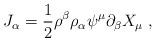
LaTeX: \begin{align*}J_{\alpha}=\frac{1}{2}\rho^{\beta}\rho_{\alpha}\psi^{\mu}\partial_{\beta} X_{\mu}\;,\end{align*}